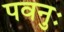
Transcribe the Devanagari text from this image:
पवनुः